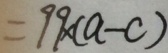
= 9 9 \times ( a - c )